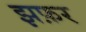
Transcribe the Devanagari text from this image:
झफ़र